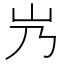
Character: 㞧